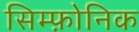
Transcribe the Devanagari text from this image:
सिम्फ़ोनिक